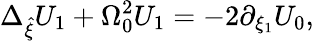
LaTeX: \Delta_{\hat{\xi}}U_{1}+\Omega_{0}^{2}U_{1}=-2\partial_{\xi_{1}}U_{0},